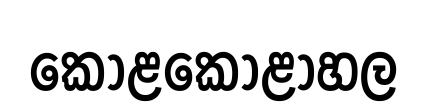
කොළකෝළාහල